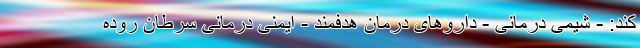
کند: - شیمی درمانی - داروهای درمان هدفمند - ایمنی درمانی سرطان روده